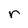
Character: r